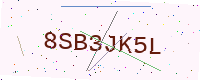
Text: 8SB3JK5L